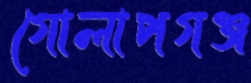
গোলাপগঞ্জ